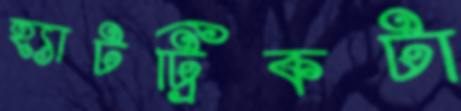
হ্যাটট্রিকটা